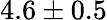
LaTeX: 4.6\pm 0.5